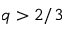
q > 2 / 3